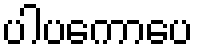
ပါပကောပေ